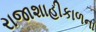
રાજાશાહીકાળના